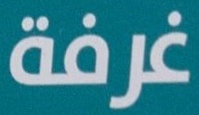
غرفة